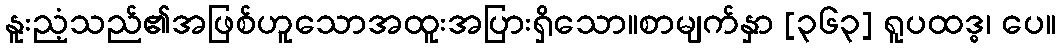
နူးညံ့သည်၏အဖြစ်ဟူသောအထူးအပြားရှိသော။စာမျက်နှာ [၃၆၃] ရူပထဒ္ဓ၊ ပေ။